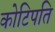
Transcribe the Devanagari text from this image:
कोटिपति